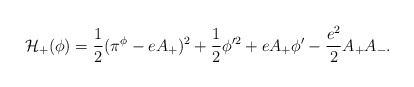
\begin{align*}{\cal H}_+(\phi )={1\over 2}(\pi ^\phi -eA_+)^2+{1\over 2}\phi '^2+eA_+\phi '-{{e^2}\over 2}A_+A_-.\end{align*}